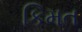
કિમત